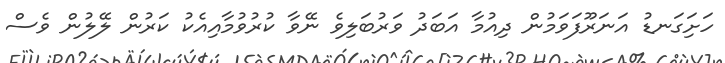
ހަށިަގަނޑު އަނަރޫފަވަމުން ދިއުމާ އަބަދު ވަރުބަލިވެ ނޭވާ ކުރުވުމާއިއެކު ކަރުން ލޭލުން ވެސް